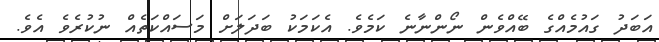
އަބަދު ގައުމެއްގެ ބޭއްވެން ނޯންނާނެ ކަމެވެ. އެކަމަކު ބަދަލަށް މަސައްކަތެއް ނުކުރެވެ އެވެ.